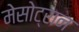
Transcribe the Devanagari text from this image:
मेसोट्रान